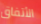
الأتفاق